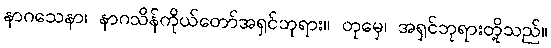
နာဂသေနာ၊ နာဂသိန်ကိုယ်တော်အရှင်ဘုရား။ တုမှေ၊ အရှင်ဘုရားတို့သည်။